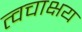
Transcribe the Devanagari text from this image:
त्वचाक्षय